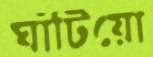
ঘাঁটিয়ো